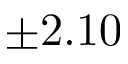
\pm 2 . 1 0